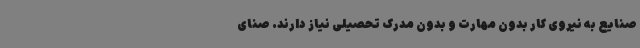
صنایع به نیروی کار بدون مهارت و بدون مدرک تحصیلی نیاز دارند. صنای